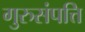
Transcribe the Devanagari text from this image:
गुरुसंपत्ति